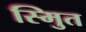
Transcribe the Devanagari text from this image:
स्मुित